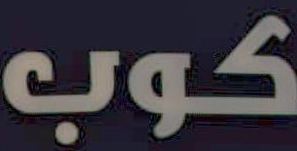
كوب